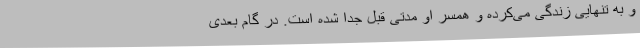
و به تنهایی زندگی می‌کرده و همسر او مدتی قبل جدا شده است. در گام بعدی